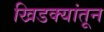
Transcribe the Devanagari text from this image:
खिडक्यांतून